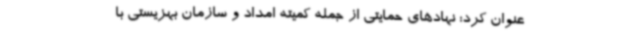
عنوان کرد: نهادهای حمایتی از جمله کمیته امداد و سازمان بهزیستی با